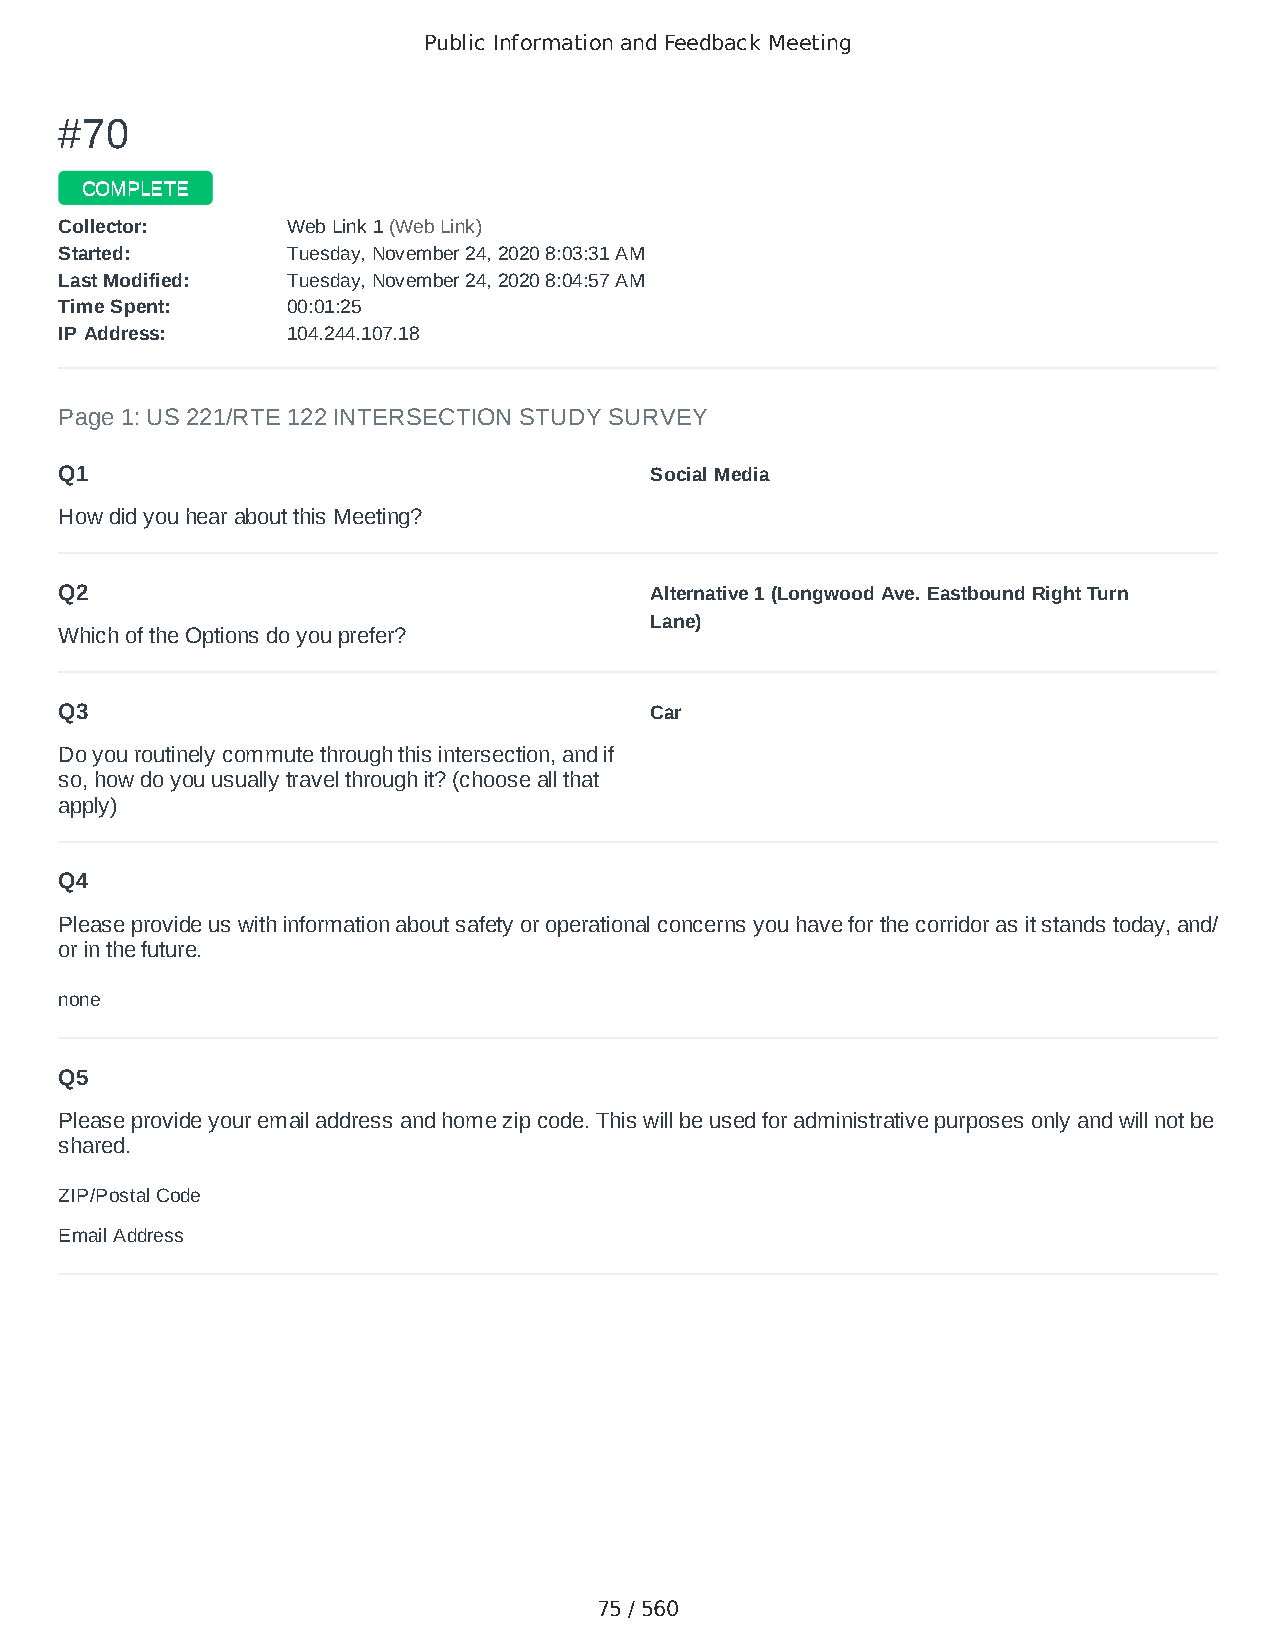
Public Information and Feedback Meeting
 ##7700
 CCOOMMPPLLEETTEE
 CCoolllleeccttoorr:: WWeebb LLiinnkk 11 ((WWeebb LLiinnkk))
 SSttaarrtteedd:: TTuueessddaayy,, NNoovveemmbbeerr 2244,, 22002200 88::0033::3311 AAMM
 LLaasstt MMooddiiffiieedd:: TTuueessddaayy,, NNoovveemmbbeerr 2244,, 22002200 88::0044::5577 AAMM
 TTiimmee SSppeenntt:: 0000::0011::2255
 IIPP AAddddrreessss:: 110044..224444..110077..1188
 Page 1: US 221/RTE 122 INTERSECTION STUDY SURVEY
 Q1                                     Social Media
 How did you hear about this Meeting?
 Q2                                     Alternative 1 (Longwood Ave. Eastbound Right Turn
 Lane)
 Which of the Options do you prefer?
 Q3                                     Car
 Do you routinely commute through this intersection, and if
 so, how do you usually travel through it? (choose all that
 apply)
 Q4
 Please provide us with information about safety or operational concerns you have for the corridor as it stands today, and/
 or in the future.
 none
 Q5
 Please provide your email address and home zip code. This will be used for administrative purposes only and will not be
 shared.
 ZIP/Postal Code                        24523
 Email Address                          cokeman72000@yahoo.com
 75 / 560